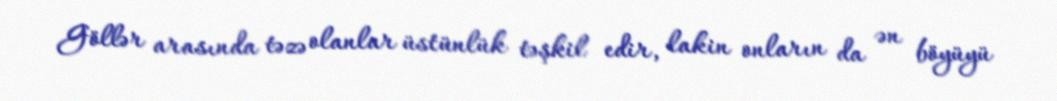
Göllər arasında təzə olanlar üstünlük təşkil edir, lakin onların da ən böyüyü